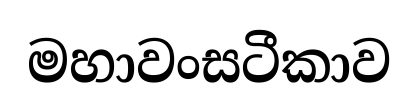
මහාවංසටීකාව